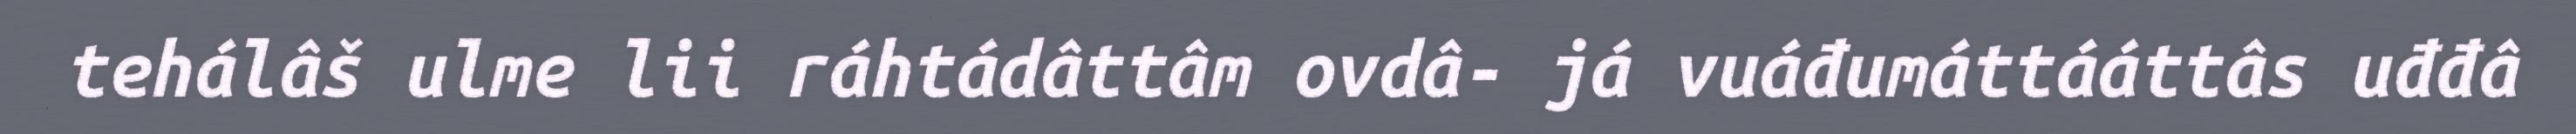
tehálâš ulme lii ráhtádâttâm ovdâ- já vuáđumáttááttâs uđđâ